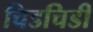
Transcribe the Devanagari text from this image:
चिडचिडी